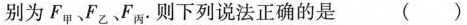
别为F_{甲}、F_{乙}、F_{丙}. 则下列说法正确的是 ()